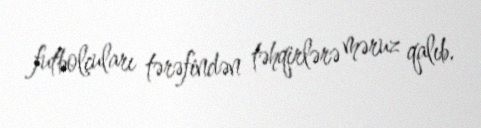
futbolçuları tərəfindən təhqirlərə məruz qalıb.